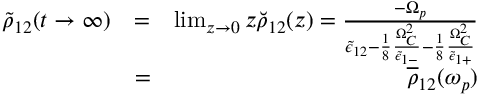
\begin{array} { r l r } { \tilde { \rho } _ { 1 2 } ( t \rightarrow \infty ) } & { = } & { \operatorname* { l i m } _ { z \rightarrow 0 } z \breve { \rho } _ { 1 2 } ( z ) = \frac { - \Omega _ { p } } { \tilde { \epsilon } _ { 1 2 } - \frac { 1 } { 8 } \frac { \Omega _ { C } ^ { 2 } } { \tilde { \epsilon } _ { 1 - } } - \frac { 1 } { 8 } \frac { \Omega _ { C } ^ { 2 } } { \tilde { \epsilon } _ { 1 + } } } } \\ & { = } & { \overline { \rho } _ { 1 2 } ( \omega _ { p } ) } \end{array}